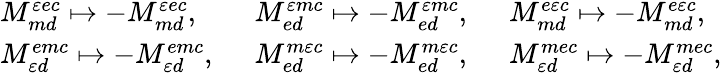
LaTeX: \begin{array}{lll}{M_{md}^{\varepsilon ec}\mapsto-M_{md}^{\varepsilon ec},\enspace}&{M_{ed}^{\varepsilon mc}\mapsto-M_{ed}^{\varepsilon mc},\enspace}&{M_{md}^{e\varepsilon c}\mapsto-M_{md}^{e\varepsilon c},\enspace}\\ {M_{\varepsilon d}^{emc}\mapsto-M_{\varepsilon d}^{emc},\enspace}&{M_{ed}^{m\varepsilon c}\mapsto-M_{ed}^{m\varepsilon c},\enspace}&{M_{\varepsilon d}^{mec}\mapsto-M_{\varepsilon d}^{mec},}\end{array}